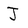
Character: J